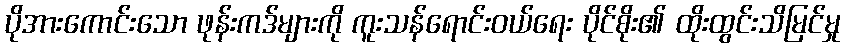
ပိုအားကောင်းသော ဖုန်းကဒ်များကို ကူးသန်ရောင်းဝယ်ရေး ပိုင်စိုး၏ ထိုးထွင်းသိမြင်မှု